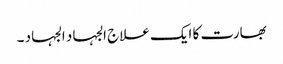
بھارت کا ایک علاج الجہاد الجہاد ۔